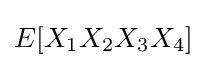
E[X_{1}X_{2}X_{3}X_{4}]